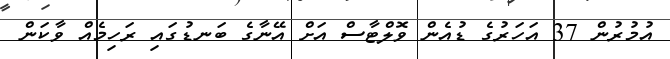
އުމުރުން 37 އަހަރުގެ ޑުއެން ވޮލްޓާސް އަށް އޭނާގެ ބަނޑުގައި ރަހިމެއް ވާކަން